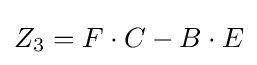
Z_{3}=F\cdot C-B\cdot E